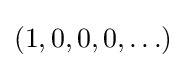
(1,0,0,0,\ldots )